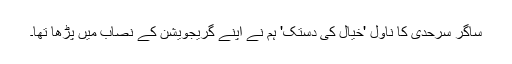
ساگر سرحدی کا ناول 'خیال کی دستک' ہم نے اپنے گریجویشن کے نصاب میں پڑھا تھا۔